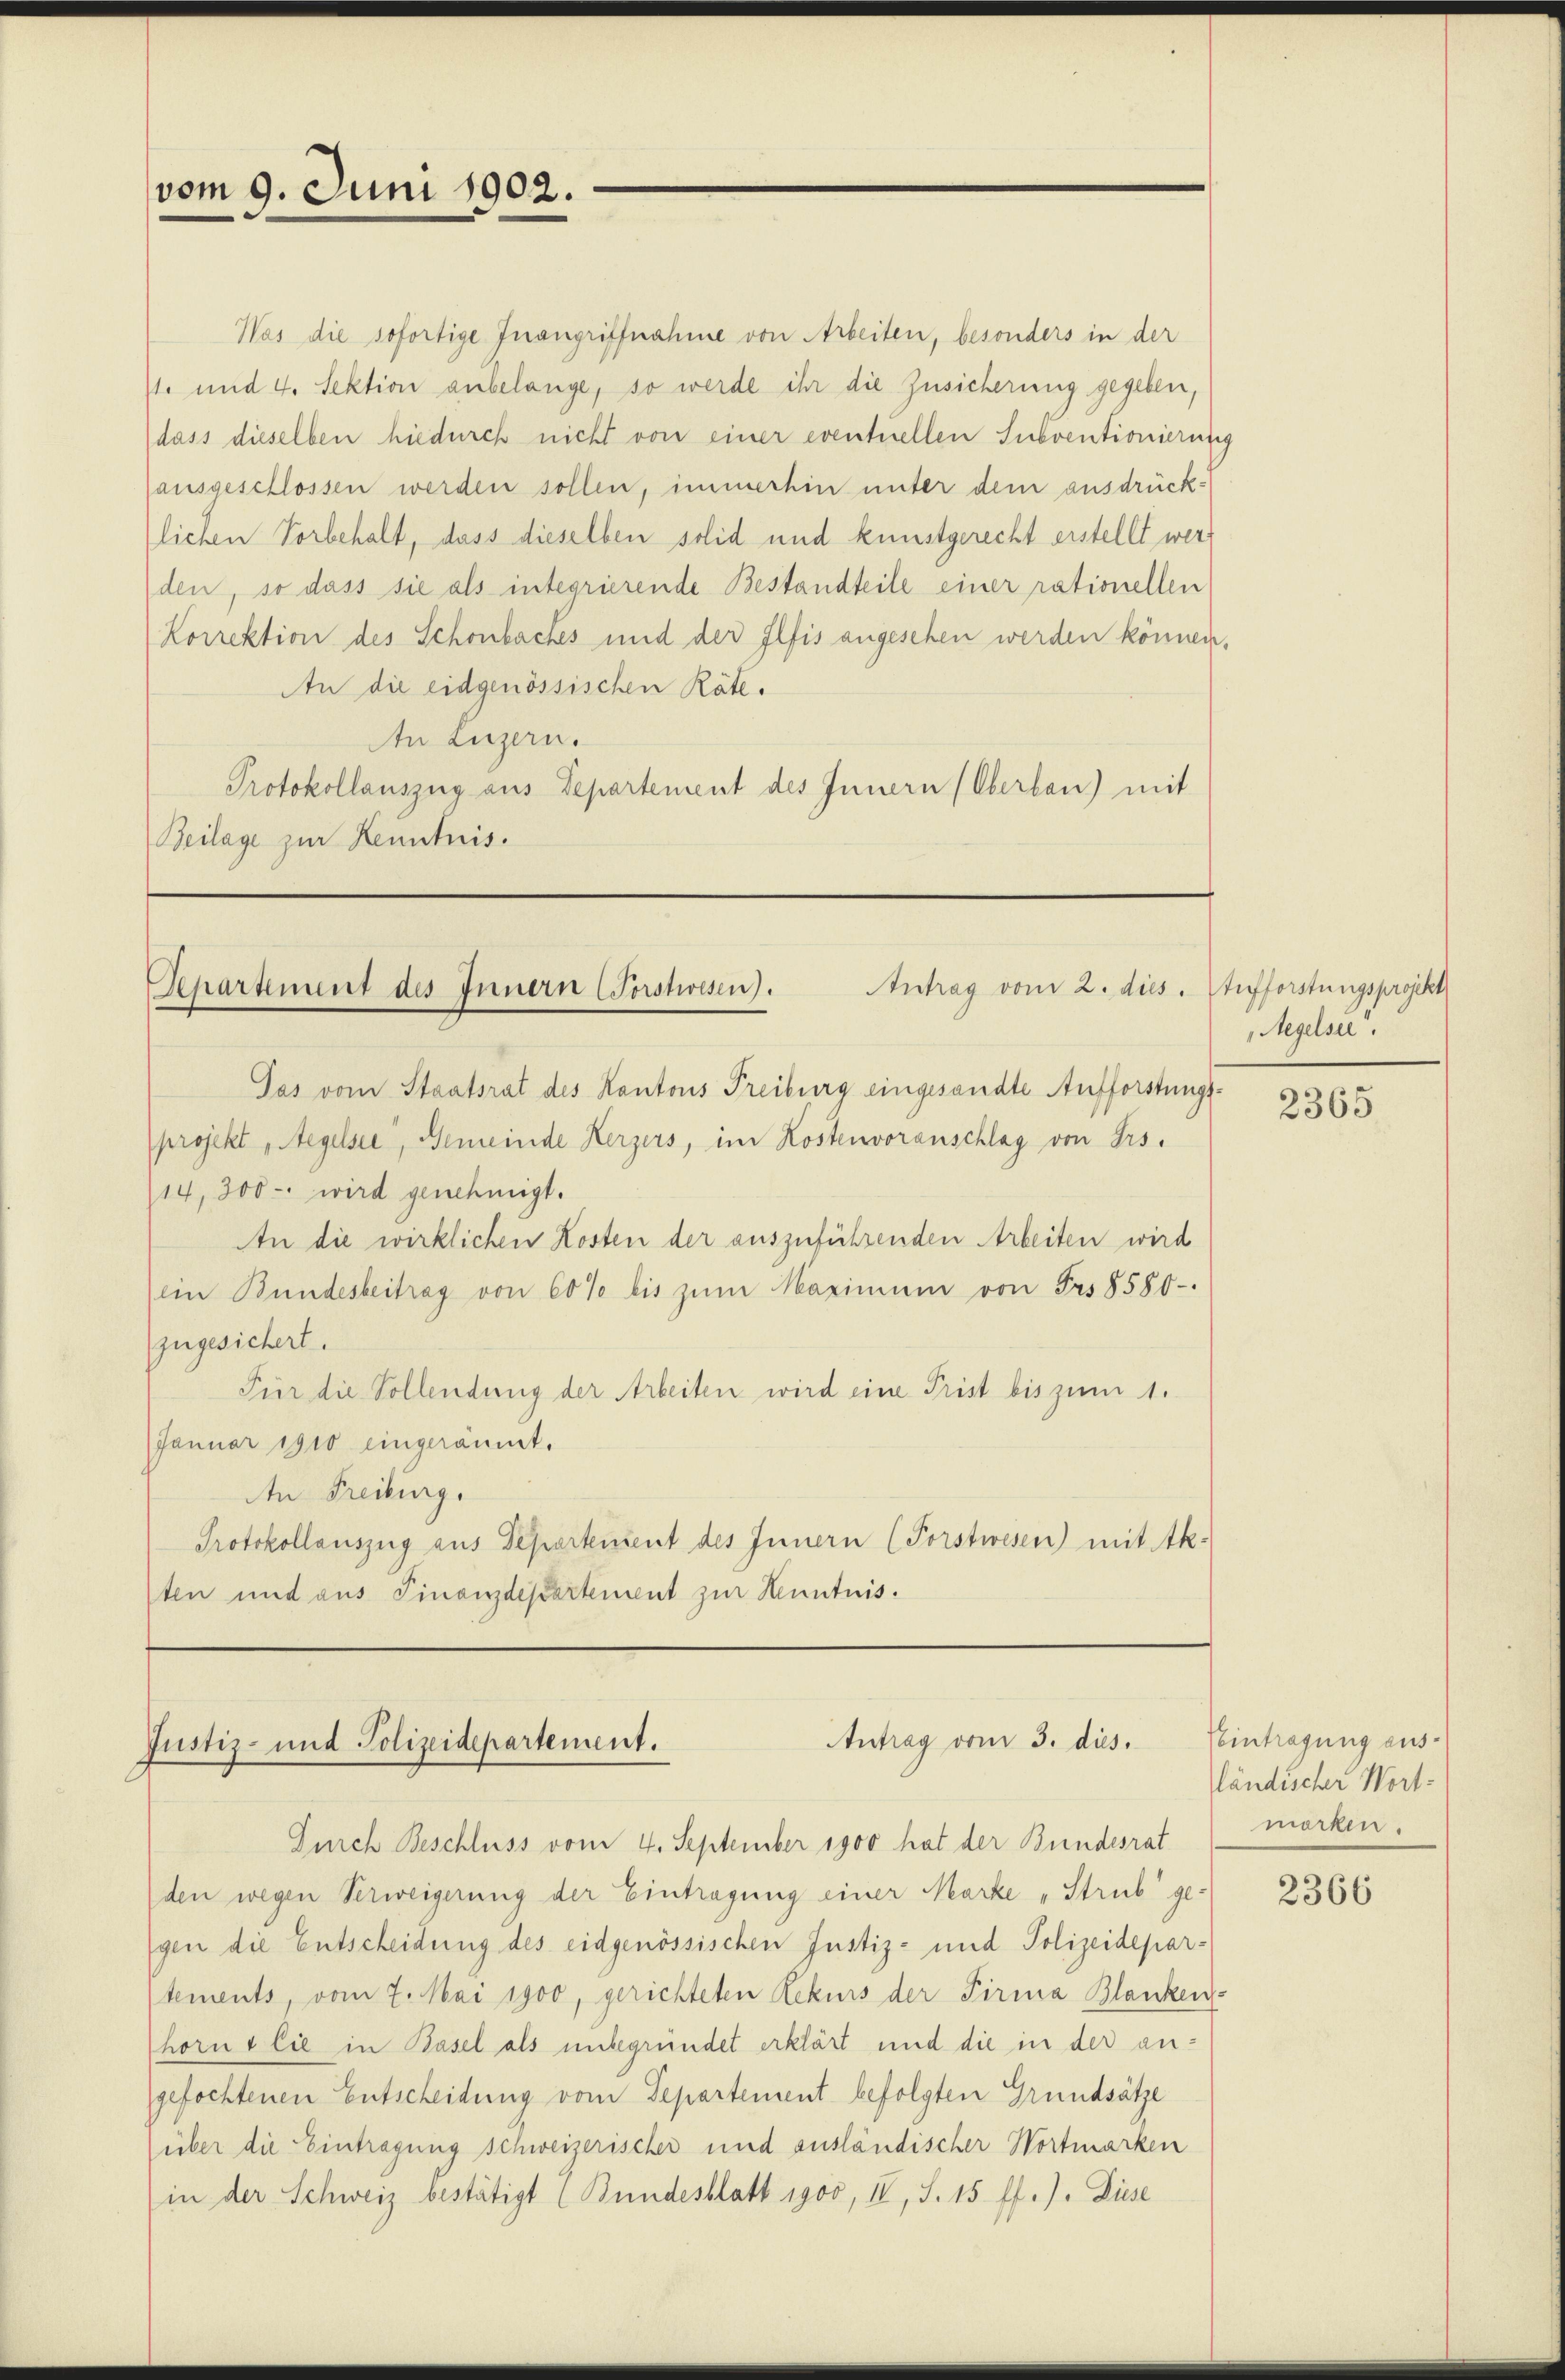
vom 9. Juni 1902.

Antrag vom 2. dies. Aufforstungsprojekt
Separtement des Innern (Forstwesen).

Was die sofortige Inangriffnahme von Arbeiten, besonders in der
71. und 4. Sektion anbelange, so werde ihr die Zusicherung gegeben,
dass dieselben hiedurch nicht von einer eventuellen Subventionierung
ausgeschlossen werden sollen, immerhin unter dem ausdrücklichen Vorbehalt, dass dieselben solid und kunstgerecht erstellt werden, so dass sie als integrierende Bestandteile einer rationellen
Korrektion des Schönbackes und der Ilfis angesehen werden können,
An die eidgenössischen Räte.
An Luzern.
Protokollauszug aus Departement des Innern (Oberlau) mit
Beilage zur Kenntnis.

Antrag vom 3. dies.
Justiz- und Polizeidepartement.

Jas vom Staatsrat des Kantons Freiburg eingesandte Aufforstungsprojekt Regelsee, Gemeinde Herzers, im Kostenvoranschlag von Frs.
14, 300 - wird genehmigt.
An die wirklichen Kosten der auszuführenden Arbeiten wird
(ein Bundesbeitrag von 60% bis zŭm Maximum von Frs. 8580-
zugesichert.
Für die Vollendung der Arbeiten wird eine Prist bis zum 1.
Januar 1910 eingeräumt.
Aen Freiburg,
Protokollauszug aus Departement des Innern (Forstwesen) mit Ak-
sten und aus Finanzdepartement zur Kenntnis.

Durch Beschluss vom 4. September 1900 hat der Bundesrat
den wegen Verweigerung der Eintragung einer Marke „Strub ge-
gen die Entscheidung des eidgenössischen Justiz- und Polizeidepartements vom 7. Mai 1900, gerichteten Rekurs der Firma Blanken-
horn & Cie in Basel als unbegründet erklärt und die in der angefochtenen Entscheidung vom Departement befolgten Grundsätze
über die Eintragung schweizerischer und ausländischer Wortmarken
in der Schweiz bestätigt (Bundesblatt igoo, II, S. 15 ff.). Diese

Regelsee

2365

Eintragung ausländischer Wortmarken.

2366